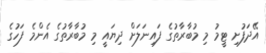
އޭދަފުށި ޓީމު މި މުބާރާތުގެ ފައިނަލަށް ދިޔައީ މި މުބާރާތުގެ އެންމެ ފަހުގެ